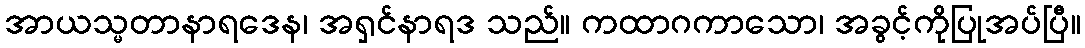
အာယသ္မတာနာရဒေန၊ အရှင်နာရဒ သည်။ ကထာဂကာသော၊ အခွင့်ကိုပြုအပ်ပြီ။